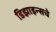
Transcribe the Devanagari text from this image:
डिझाइन्सचे